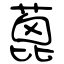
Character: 蓖